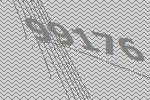
99176